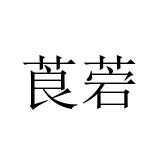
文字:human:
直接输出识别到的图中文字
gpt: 莨菪